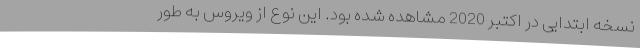
نسخه ابتدایی در اکتبر 2020 مشاهده شده بود. این نوع از ویروس به طور